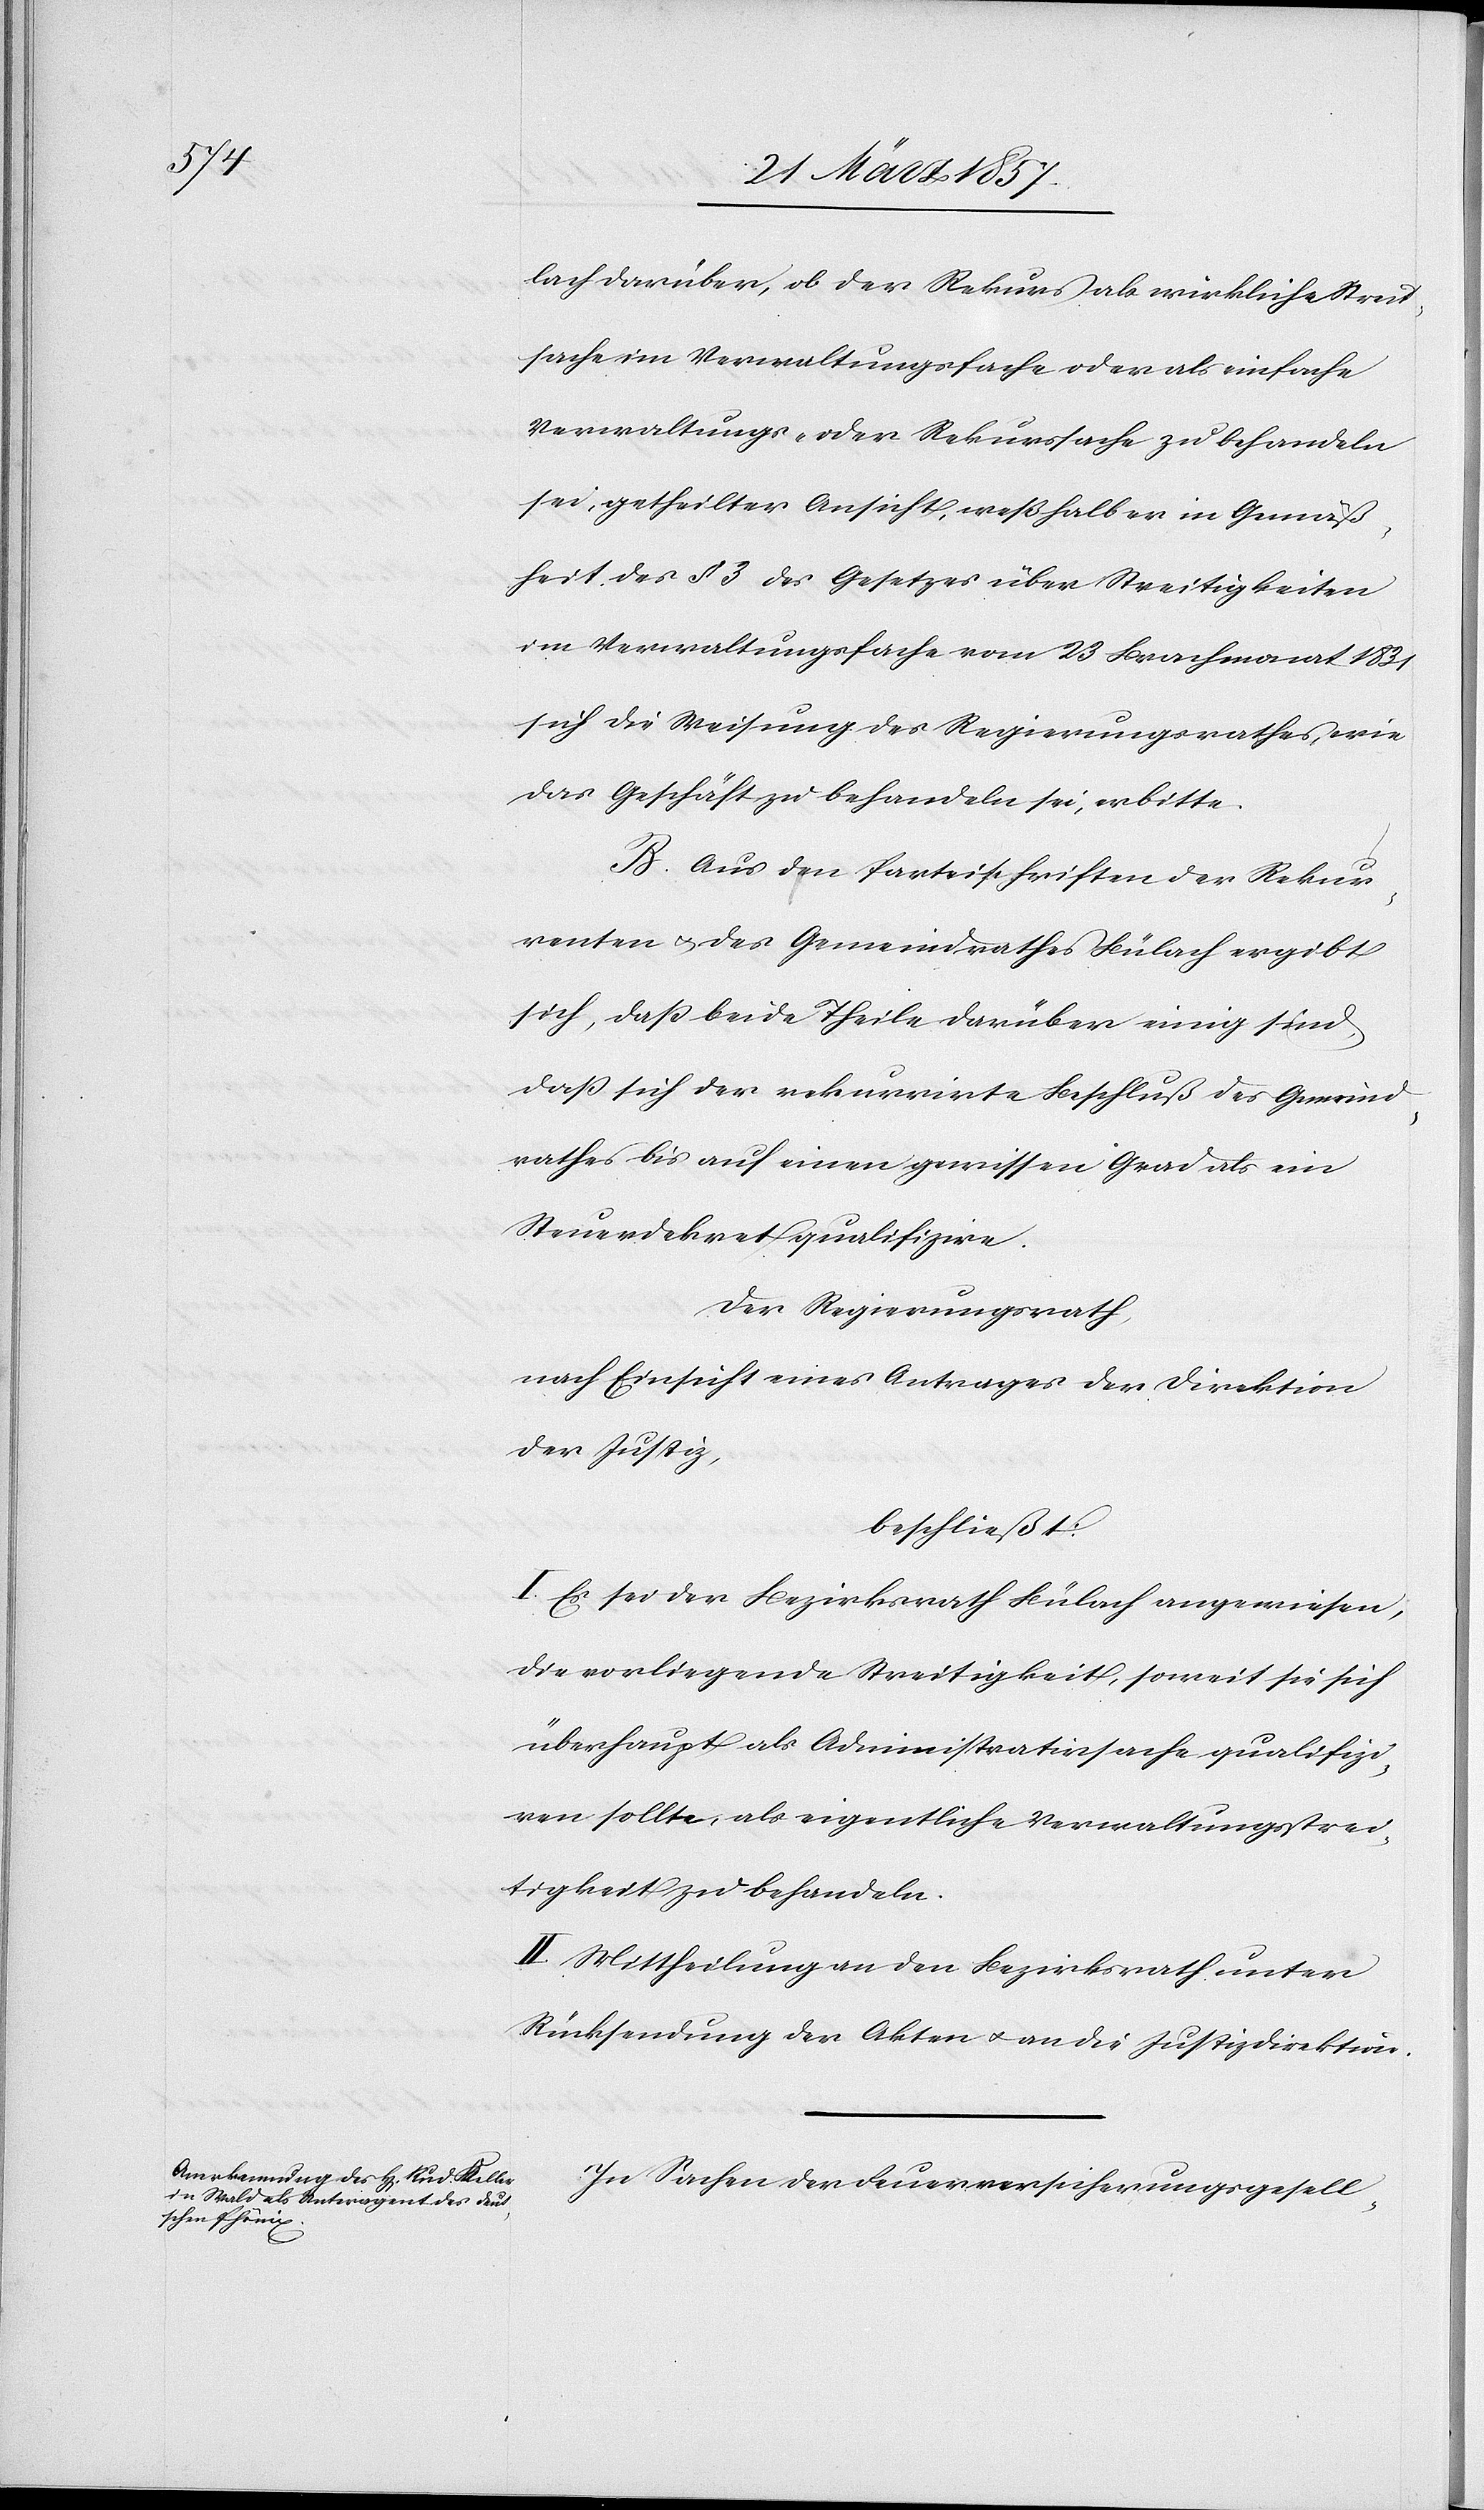
lach darüber, ob der Rekurs als wirkliche Streit¬
sache im Verwaltungsfache oder als einfache
Vewaltungs- oder Rekurssache zu behandeln
sei, getheilter Ansicht, weßhalb er in Gemäß¬
heit des § 3 des Gesetzes über Streitigkeiten
im Verwaltungsfache vom 23 Brachmonat 1831
sich die Weisung des Regierungsrathes, wie
das Geschäft zu behandeln sei, erbitte.
B. Aus den Parteischriften der Rekur¬
renten u. des Gemeindrathes Bülach ergibt
sich, dass beide Theile darüber einig sind,
dass sich der rekurrirte Beschluß des Gemeind¬
rathes bis auf einen gewissen Grad als ein
Steuerdekret qualifizire.
Der Regierungsrath,
nach Einsicht eines Antrages der Direktion
der Justiz,
beschließt:
I. Es sei der Bezirksrath Bülach angewiesen,
die vorliegende Streitigkeit, soweit sie sich
überhaupt als Administrativsache qualifizi¬
ren sollte, als eigentliche Verwaltungsstrei¬
tigkeit zu behandeln.
II. Mittheilung an den Bezirksrath unter
Rücksendung der Akten u. an die Justizdirektion.
In Sachen der Feuerversicherungsgesell-